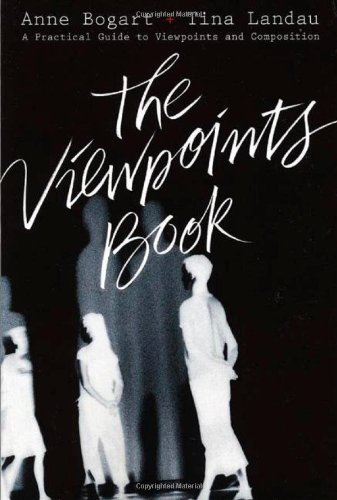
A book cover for The Viewpoints Book: A Practical Guide to Viewpoints and Composition; Anne Bogart; Humor & Entertainment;